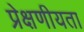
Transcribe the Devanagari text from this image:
प्रेक्षणीयता